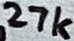
Text: 27k